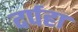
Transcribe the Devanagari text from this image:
दर्पहा